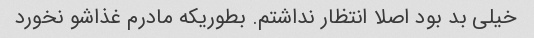
خیلی بد بود اصلا انتظار نداشتم. بطوریکه مادرم غذاشو نخورد